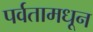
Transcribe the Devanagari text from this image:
पर्वतामधून